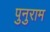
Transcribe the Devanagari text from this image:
पुनुराम